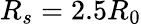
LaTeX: R_{s}=2.5R_{0}